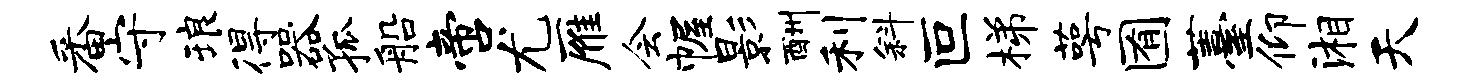
番守琅得器孤船啻尤雁会幄影酬利斜叵梯萼囿薹仰湘天